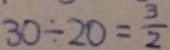
3 0 \div 2 0 = \frac { 3 } { 2 }